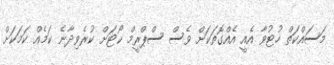
މަސައްކަތް ހުޓުވާ އެއީ އެއްގޮތަކަށް ވެސް ސްޕްރީމް ކޯޓަށް ކުރެވިދާނެ ކަމެއް ކަމަކަށް